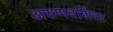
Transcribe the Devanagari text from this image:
अरुणदर्शिता